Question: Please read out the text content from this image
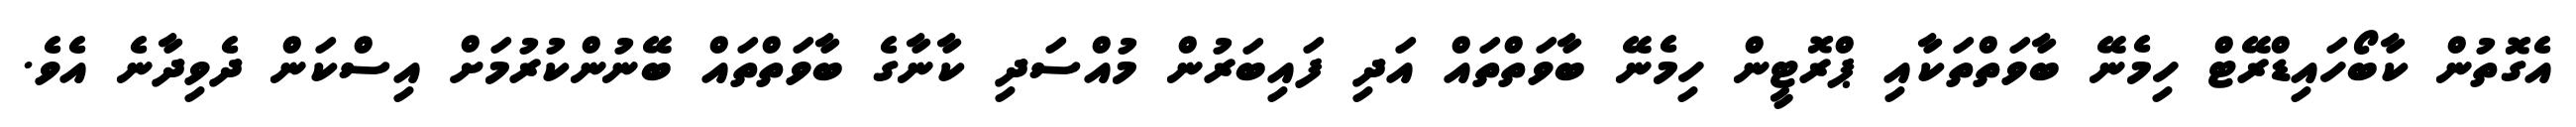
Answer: އެގޮތުން ކާބޯހައިޑްރޭޓް ހިމެނޭ ބާވަތްތަކާއި ޕްރޮޓީން ހިމެނޭ ބާވަތްތައް އަދި ފައިބަރުން މުއްސަދި ކާނާގެ ބާވަތްތައް ބޭނުންކުރުމަށް އިސްކަން ދެވިދާނެ އެވެ.